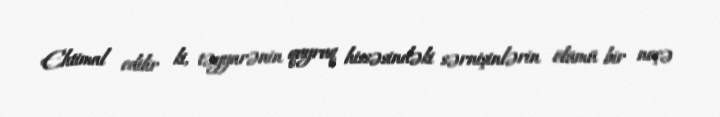
Ehtimal edilir ki, təyyarənin quyruq hissəsindəki sərnişinlərin ölümü bir neçə